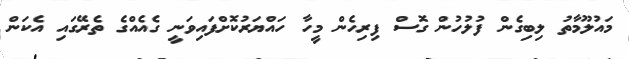
މައުލޫމާތު ލިބިގެން ފުލުހުން ގޮސް ފިރިހެން މީހާ ހައްޔަރުކޮށްފައިވަނީ ގެއެއްގެ ތެރޭގައި އެކަން